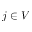
j \in V